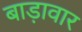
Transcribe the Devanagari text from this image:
बाड़ावार